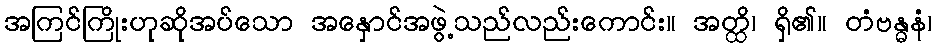
အကြင်ကြိုးဟုဆိုအပ်သော အနှောင်အဖွဲ့သည်လည်းကောင်း။ အတ္ထိ၊ ရှိ၏။ တံဗန္ဓနံ၊